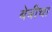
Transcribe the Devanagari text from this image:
बेबीचा